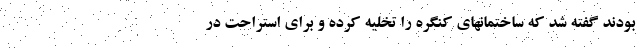
بودند گفته شد که ساختمانهای کنگره را تخلیه کرده و برای استراحت در